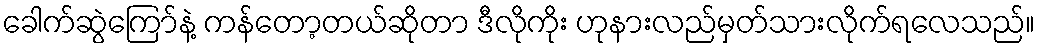
ခေါက်ဆွဲကြော်နဲ့ ကန်တော့တယ်ဆိုတာ ဒီလိုကိုး ဟုနားလည်မှတ်သားလိုက်ရလေသည်။